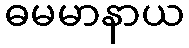
ဓမမာနာယ